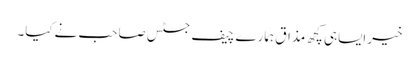
خیرایساہی کچھ مذاق ہمارے چیف جسٹس صاحب نےکیا۔